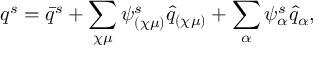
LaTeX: q ^ { s } = \bar { q } ^ { s } + \sum _ { \chi \mu } \psi _ { ( \chi \mu ) } ^ { s } \hat { q } _ { ( \chi \mu ) } + \sum _ { \alpha } \psi _ { \alpha } ^ { s } \hat { q } _ { \alpha } ,